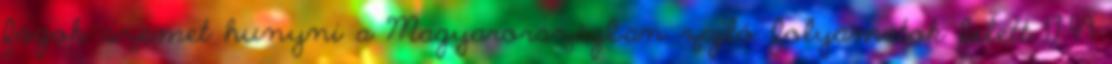
fogok szemet hunyni a Magyarországban zajló folyamatok felett 17:49